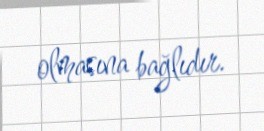
olmasına bağlıdır.